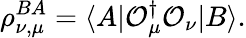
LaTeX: \rho_{\nu,\mu}^{BA}=\langle A|\mathcal{O}_{\mu}^{\dagger}\mathcal{O}_{\nu}|B\rangle.